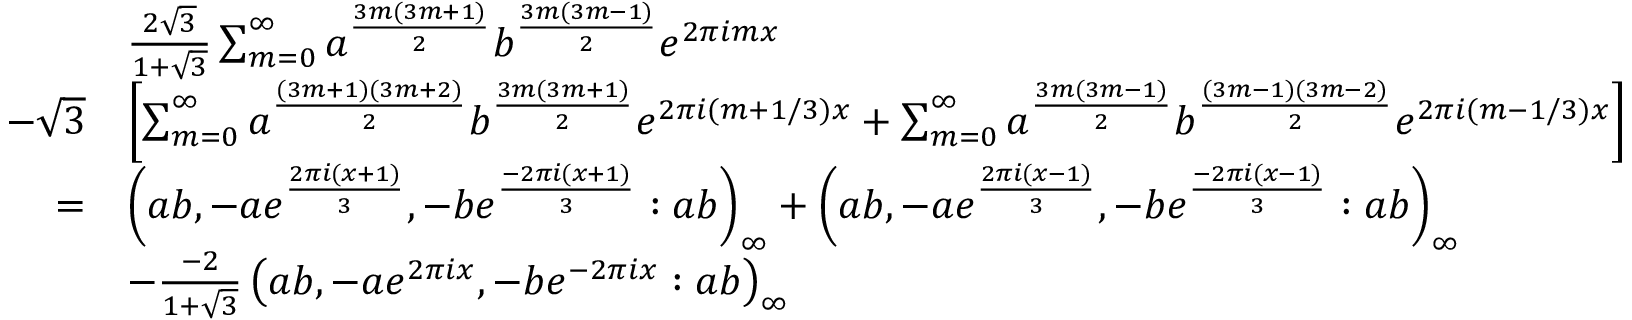
\begin{array} { r l } & { \frac { 2 \sqrt { 3 } } { 1 + \sqrt { 3 } } \sum _ { m = 0 } ^ { \infty } a ^ { \frac { 3 m ( 3 m + 1 ) } { 2 } } b ^ { \frac { 3 m ( 3 m - 1 ) } { 2 } } e ^ { 2 \pi i m x } } \\ { - \sqrt { 3 } } & { \left[ \sum _ { m = 0 } ^ { \infty } a ^ { \frac { ( 3 m + 1 ) ( 3 m + 2 ) } { 2 } } b ^ { \frac { 3 m ( 3 m + 1 ) } { 2 } } e ^ { 2 \pi i ( m + 1 / 3 ) x } + \sum _ { m = 0 } ^ { \infty } a ^ { \frac { 3 m ( 3 m - 1 ) } { 2 } } b ^ { \frac { ( 3 m - 1 ) ( 3 m - 2 ) } { 2 } } e ^ { 2 \pi i ( m - 1 / 3 ) x } \right] } \\ { = } & { \left( a b , - a e ^ { \frac { 2 \pi i ( x + 1 ) } { 3 } } , - b e ^ { \frac { - 2 \pi i ( x + 1 ) } { 3 } } : a b \right) _ { \infty } + \left( a b , - a e ^ { \frac { 2 \pi i ( x - 1 ) } { 3 } } , - b e ^ { \frac { - 2 \pi i ( x - 1 ) } { 3 } } : a b \right) _ { \infty } } \\ & { - \frac { - 2 } { 1 + \sqrt { 3 } } \left( a b , - a e ^ { 2 \pi i x } , - b e ^ { - 2 \pi i x } : a b \right) _ { \infty } } \end{array}